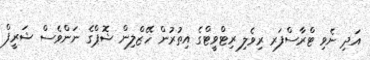
އަދި ނެވި ޓްރާސްފަރ ރިވެލި ރިޓްވީޓްގެ އިތުރުން ހޭޒްލިން ޝޮޕްގެ ނަންވެސް ޝަރީފް